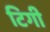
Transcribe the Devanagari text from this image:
टिगी